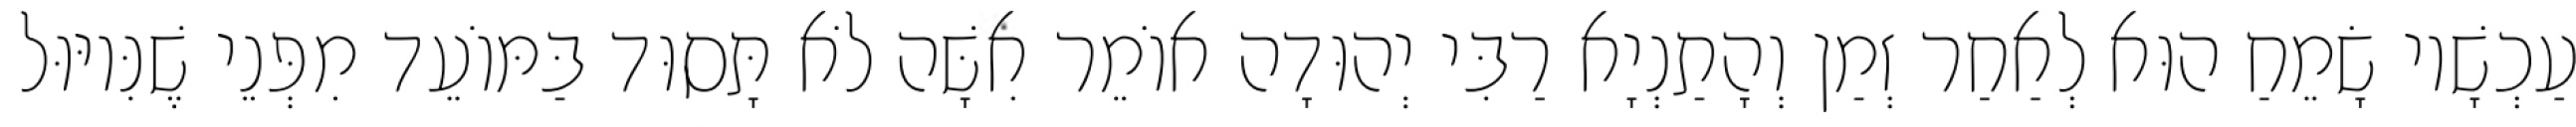
עַכְשָׁיו שָׂמֵחַ הוּא לְאַחַר זְמַן וְהָתַנְיָא רַבִּי יְהוּדָה אוֹמֵר אִשָּׁה לֹא תָּסוּד בַּמּוֹעֵד מִפְּנֵי שֶׁנִּיוּוּל